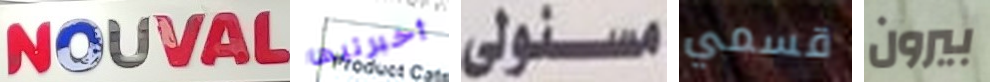
NOUVAL أخبرتيها مسئولى قسمي بيرون